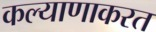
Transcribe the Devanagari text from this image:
कल्याणाकरत